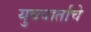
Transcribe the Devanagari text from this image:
युववार्ताचे